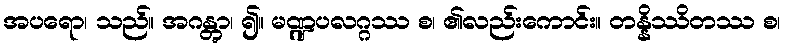
အပရော၊ သည်။ အဂန္တွာ၊ ၍။ မဏ္ဍပလဂ္ဂဿ စ၊ ၏လည်းကောင်း။ တန္နိဿိတဿ စ၊